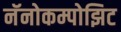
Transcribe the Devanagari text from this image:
नॅनोकम्पोझिट